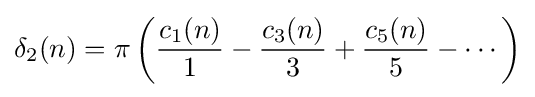
\delta _{2}(n)=\pi \left({\frac {c_{1}(n)}{1}}-{\frac {c_{3}(n)}{3}}+{\frac {c_{5}(n)}{5}}-\cdots \right)